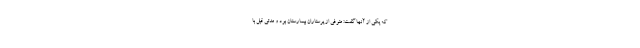
که یکی از آنها گفت: متوفی از پرستاران بیمارستان بود و مدتی قبل با